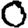
Digit: 0